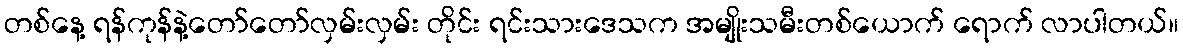
တစ်နေ့ ရန်ကုန်နဲ့တော်တော်လှမ်းလှမ်း တိုင်း ရင်းသားဒေသက အမျိုးသမီးတစ်ယောက် ရောက် လာပါတယ်။